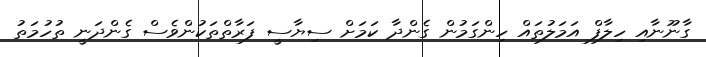
ގާނޫނާއި ހިލާފް އަމަލުތައް ހިންގަމުން ގެންދާ ކަމަށް ސިޔާސީ ފަރާތްތަކުންވެސް ގެންދަނީ ތުހުމަތު